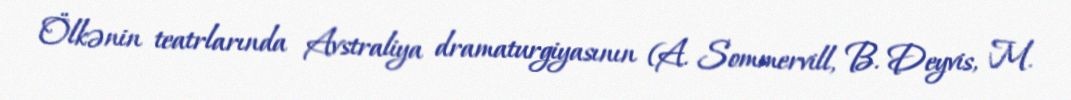
Ölkənin teatrlarında Avstraliya dramaturgiyasının (A. Sommervill, B. Deyvis, M.